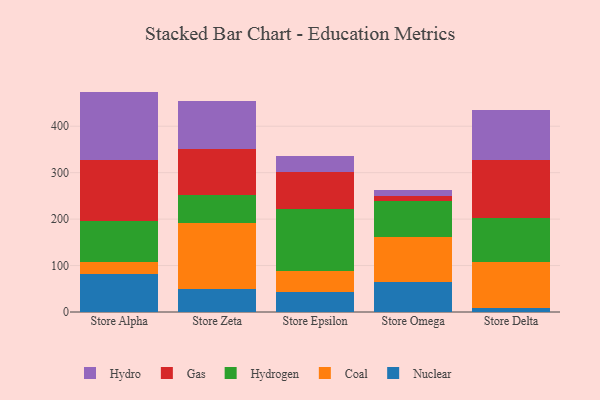
{"axis": {"x": "Store", "y": "Website Visitors"}, "legend": ["Coal", "Gas", "Hydro", "Hydrogen", "Nuclear"], "data": [{"x": "Store Alpha", "y": 81.5, "type": "Nuclear"}, {"x": "Store Alpha", "y": 25.6, "type": "Coal"}, {"x": "Store Alpha", "y": 89.6, "type": "Hydrogen"}, {"x": "Store Alpha", "y": 131.3, "type": "Gas"}, {"x": "Store Alpha", "y": 146.6, "type": "Hydro"}, {"x": "Store Zeta", "y": 48.6, "type": "Nuclear"}, {"x": "Store Zeta", "y": 142.3, "type": "Coal"}, {"x": "Store Zeta", "y": 60.4, "type": "Hydrogen"}, {"x": "Store Zeta", "y": 99.1, "type": "Gas"}, {"x": "Store Zeta", "y": 103.8, "type": "Hydro"}, {"x": "Store Epsilon", "y": 44.0, "type": "Nuclear"}, {"x": "Store Epsilon", "y": 44.2, "type": "Coal"}, {"x": "Store Epsilon", "y": 133.7, "type": "Hydrogen"}, {"x": "Store Epsilon", "y": 80.3, "type": "Gas"}, {"x": "Store Epsilon", "y": 33.8, "type": "Hydro"}, {"x": "Store Omega", "y": 65.6, "type": "Nuclear"}, {"x": "Store Omega", "y": 96.3, "type": "Coal"}, {"x": "Store Omega", "y": 77.6, "type": "Hydrogen"}, {"x": "Store Omega", "y": 9.6, "type": "Gas"}, {"x": "Store Omega", "y": 13.6, "type": "Hydro"}, {"x": "Store Delta", "y": 8.2, "type": "Nuclear"}, {"x": "Store Delta", "y": 98.7, "type": "Coal"}, {"x": "Store Delta", "y": 96.3, "type": "Hydrogen"}, {"x": "Store Delta", "y": 124.3, "type": "Gas"}, {"x": "Store Delta", "y": 106.9, "type": "Hydro"}]}